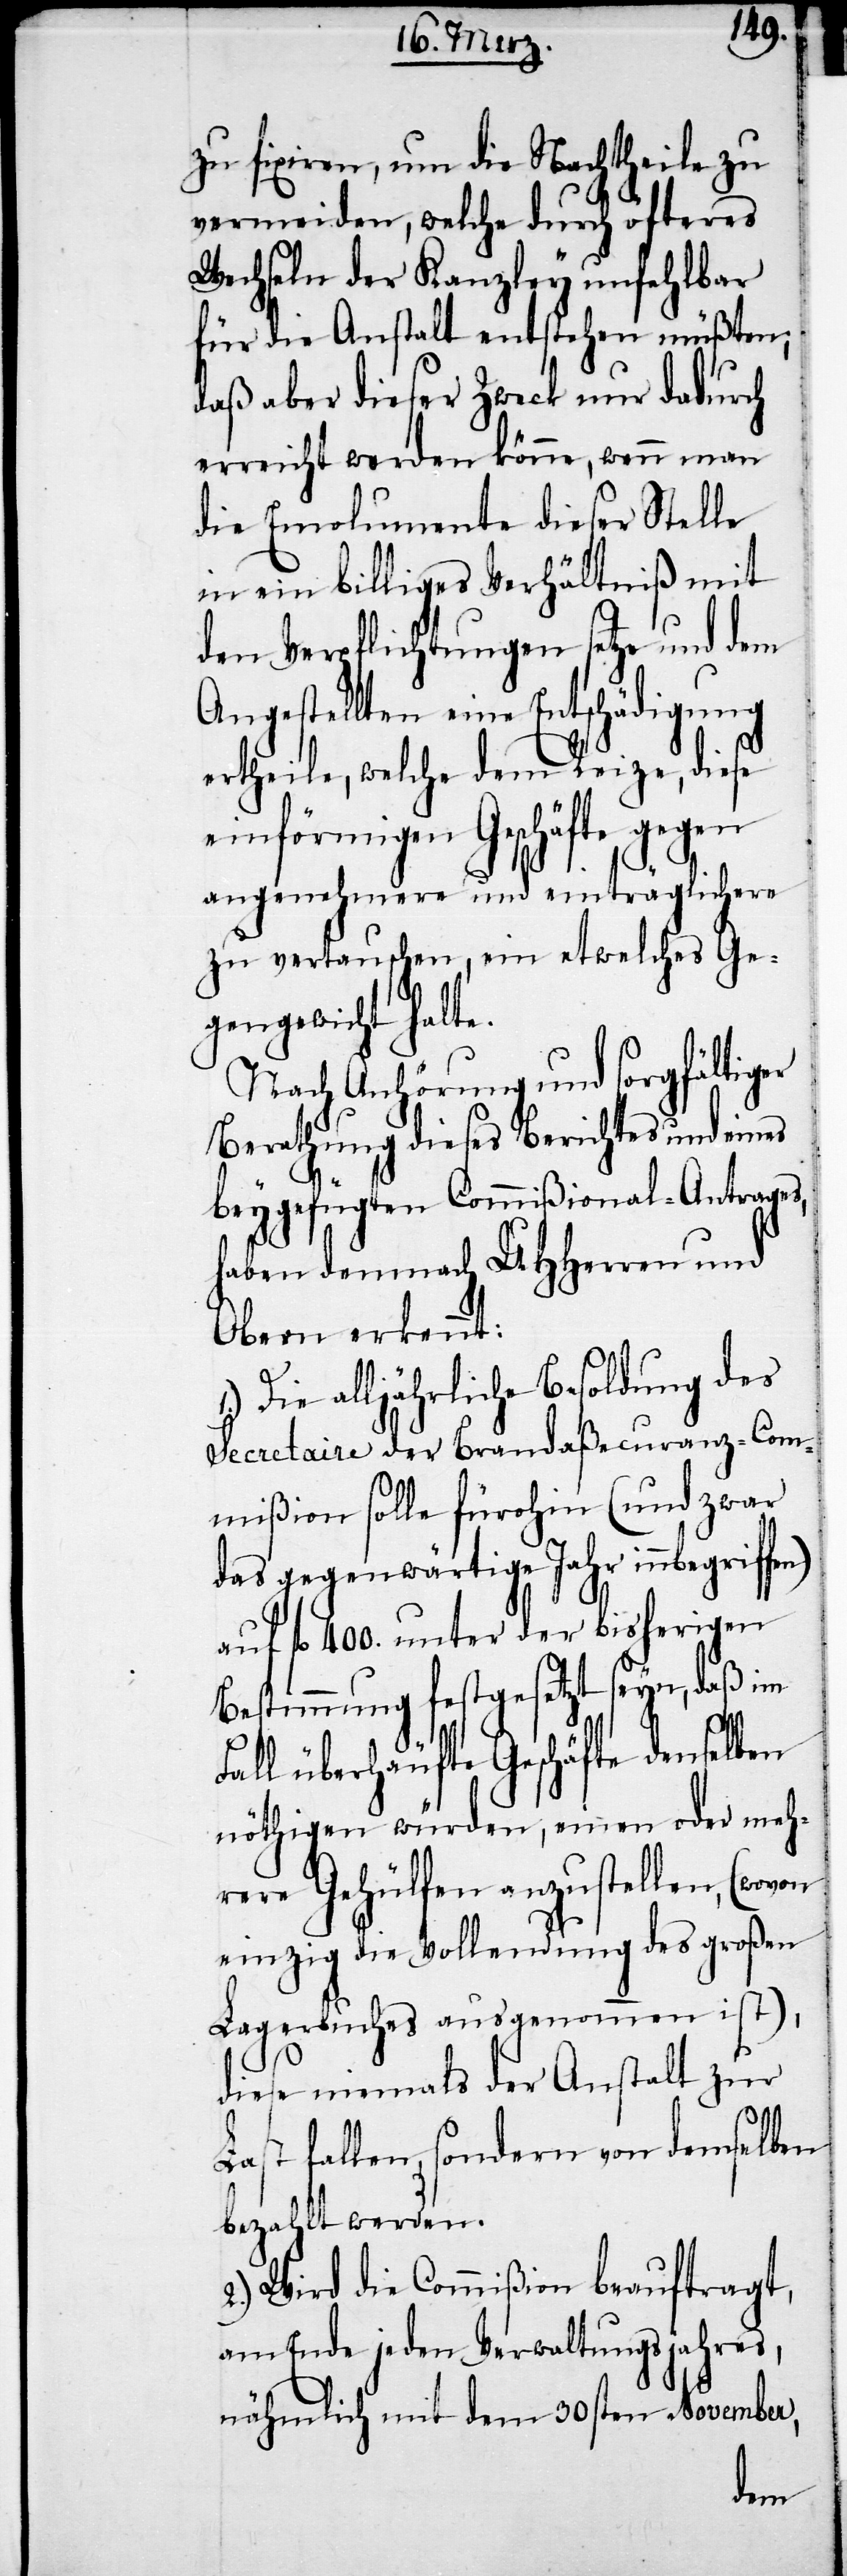
zu fixiren, um die Nachtheile zu
vermeiden, welche durch öfteres
Wechseln der Kanzley unfehlbar
für die Anstalt entstehen müßten;
daß aber dieser Zweck nur dadurch
erreicht werden könne, wenn man
die Emolumente dieser Stelle
in ein billiges Verhältniß mit
den Verpflichtungen setze und dem
Angestellten eine Entschädigung
erheile, welche dem Reize, diese
einförmigen Geschäfte gegen
angenehmere und einträglichere
zu vertauschen, ein etwelches Ge¬
gengewicht halte.
Nach Anhörung und sorgfältiger
Berathung dieses Berichtes und eines
bey gefügten Commißional-Antrages,
haben demnach UHHerren und
Obern erkennt:
Die alljährliche Besoldung der
Secretaire der Brandaßecuranz-Com¬
mißion solle fürohin (und zwar
das gegenwärtige Jahr innbegriffen)
auf fl. 400. unter der bisherigen
Bestimmung festgesetzt seyn, daß im
on
Fall überhäufte Geschäfte denselben
nöthigen würden, einen oder meh¬
rere Gehülfen anzustellen, (wov¬
einzig die Vollendung des großen
Lagerbuches ausgenommen ist),
diese niemals der Anstalt zur
Last fallen, sondern von demselben
bezahlt werden.
2.) Wird die Commißion beauftragt,
am Ende jeden Verwaltungsjahres,
nämlich mit dem 30sten November,